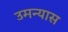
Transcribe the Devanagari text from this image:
उमन्यास